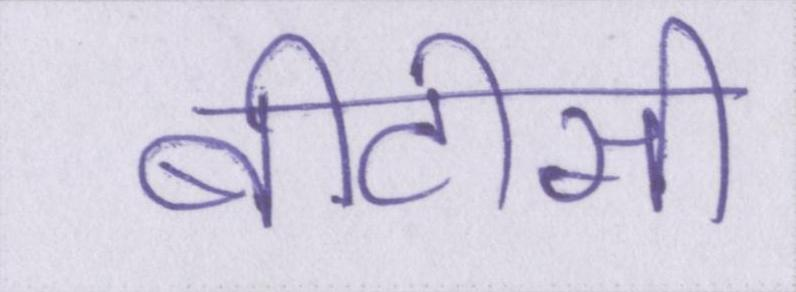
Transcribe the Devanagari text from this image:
बीटीसी